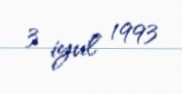
3 iyul 1993